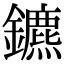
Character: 鑣